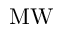
\mathrm { M W }